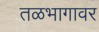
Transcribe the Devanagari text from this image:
तळभागावर